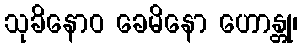
သုခိနောဝ ခေမိနော ဟောန္တု၊